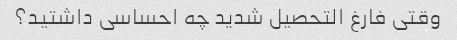
وقتی فارغ التحصیل شدید چه احساسی داشتید؟